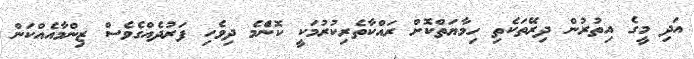
އަދި މީގެ އިތުރުން ދިރޭތަކެތި ހިމާޔަތްކޮށް ރައްކާތެރިކުުރުމަކީ ކޮންެމެ ދިވެހި ފަރުދެއްގެވެސް ޒިންމާއެއްކަން